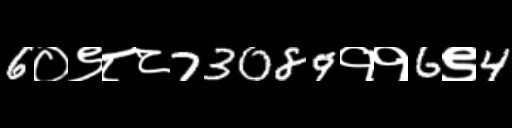
Text: 6०९८८73089११6९4